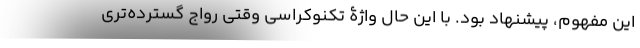
این مفهوم، پیشنهاد بود. با این حال واژۀ تکنوکراسی وقتی رواج گسترده‌تری